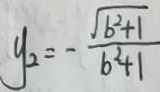
y _ { 2 } = - \frac { \sqrt { b ^ { 2 } + 1 } } { b ^ { 2 } + 1 }